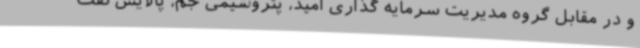
و در مقابل گروه مدیریت سرمایه‌ گذاری امید، پتروشیمی جم، پالایش نفت